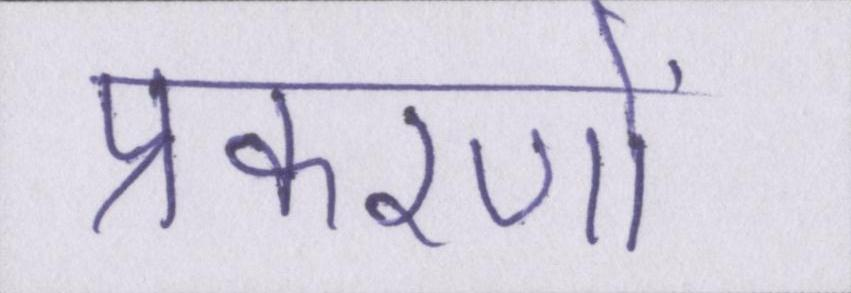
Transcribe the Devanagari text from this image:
प्रकरणों